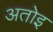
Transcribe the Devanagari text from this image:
अतोइ